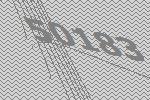
50183